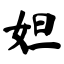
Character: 妲